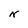
Character: N